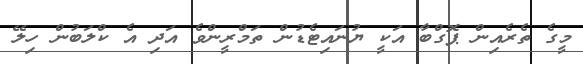
މީގެ ތެރެއިން ޕޮގްބާ އަކީ ޔުނައިޓެޑުން ތަމްރީންވެ އަދި އެ ކްލަބުން ހިލޭ